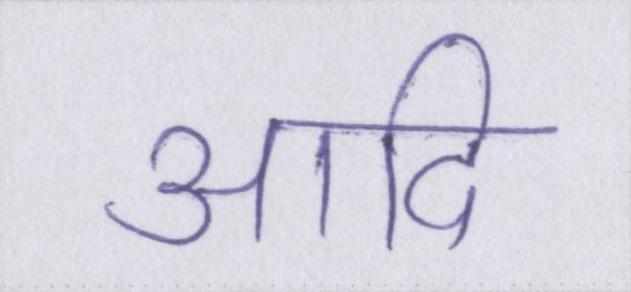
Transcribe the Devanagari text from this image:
आदि